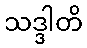
သဒ္ဒါတိ